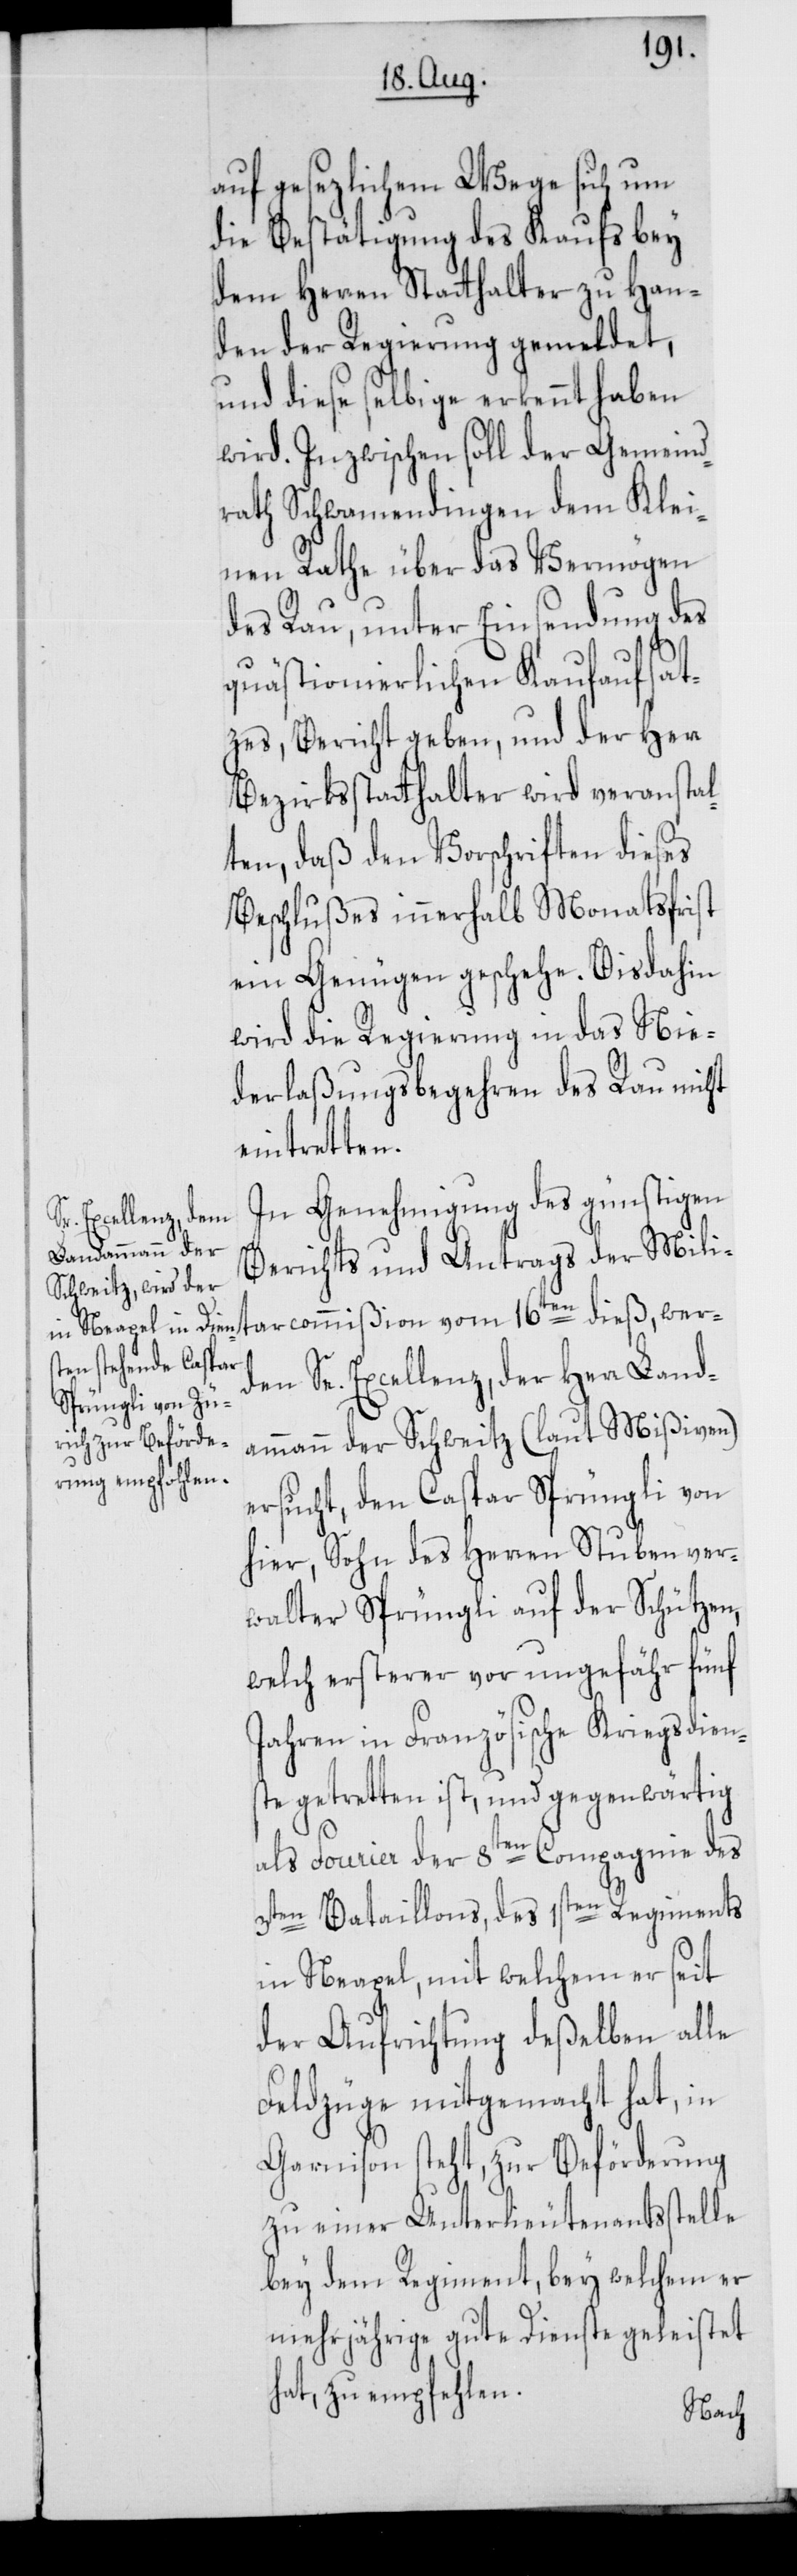
auf gesezlichem Wege sich um
die Bestätigung des Kaufs bey
dem Herren Statthalter zu Han¬
den der Regierung gemeldet,
und diese selbige erkennt haben
wird. Inzwischen soll der Gemeind¬
rath Schwamendingen dem Klei¬
nen Rathe über das Vermögen
des Rau, unter Einsendung des
we¬
quästionierlichen Kaufaufsat¬
zes, Bericht geben, und der Herr
Bezirksstatthalter wird veranstal¬
ten, daß den Vorschriften dieses
Beschlußes innerhalb Monatsfrist
ein Genügen geschehe. Bisdahin
wird die Regierung in das Nie¬
derlaßungsbegehren des Rau nicht
eintretten.
In Genehmigung des günstigen
tarcommißion vom
Berichts und Antrags der Mili¬
rden Se. Excellenz, der Herr Land¬
ammann der Schweitz (laut Mißiven)
ersucht, den Caspar Sprüngli von
hier, Sohn des Herren Stubenver¬
walter Sprüngli auf der Schützen,
welch ersterer vor ungefähr fünf
Jahren in Französische Kriegsdien¬
ste getretten ist, und gegenwärtig
als Fourier der 8ten Compagnie des
3ten Bataillons, des 1sten Regiments
in Neapel, mit welchem er seit
der Aufrichtung deßelben alle
Feldzüge mitgemacht hat, in
Garnison steht, zur Beförderung
zu einer Unterlieutenantsstelle
bey dem Regiment, bey welchem er
mehrjährige gute Dienste geleistet
hat, zu empfehlen.